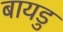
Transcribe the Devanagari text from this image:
बायडु